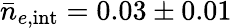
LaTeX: \bar{n}_{e,{\mathrm{int}}}=0.03\pm 0.01